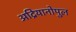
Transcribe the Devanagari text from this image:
अद्रियानोपुल